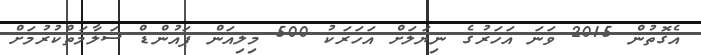
އެގޮތުން 2015 ވަނަ އަހަރުގެ ނިޔަލަށް އަހަރަކު 500 މިލިއަން ޕައުންޑް ސަލާމަތްކުރުމަށް